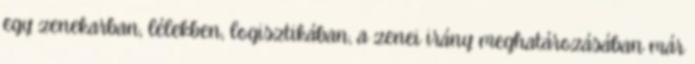
egy zenekarban, lélekben, logisztikában, a zenei irány meghatározásában már